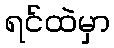
ရင်ထဲမှာ